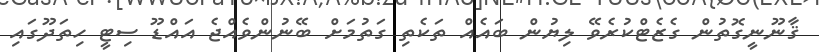
ޤާނޫނީގޮތުން ގެޒެޓްކުރެވޭ ލިޔުން ބައެއް ތަކެތި ގަތުމަށް ބޭނުންވެއްޖެ އައްޑޫ ސިޓީ ހިތަދޫގައި